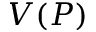
V ( P )